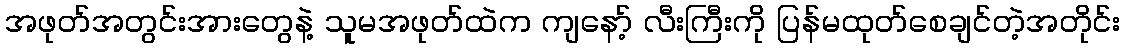
အဖုတ်အတွင်းအားတွေနဲ့ သူမအဖုတ်ထဲက ကျနော့် လီးကြီးကို ပြန်မထုတ်စေချင်တဲ့အတိုင်း